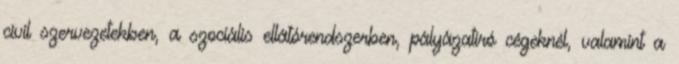
civil szervezetekben, a szociális ellátórendszerben, pályázatíró cégeknél, valamint a